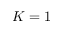
K = 1